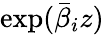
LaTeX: \exp({\bar{\beta}}_{i}z)